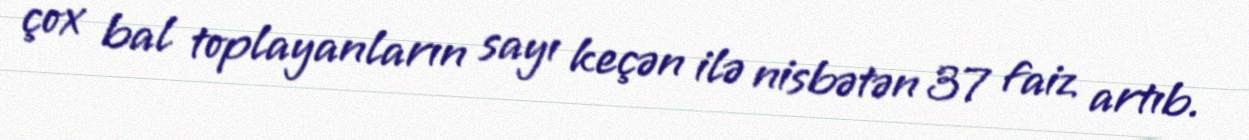
çox bal toplayanların sayı keçən ilə nisbətən 37 faiz artıb.